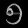
Digit: ၅